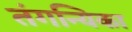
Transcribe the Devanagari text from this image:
तंगन्यिका